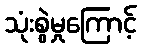
သုံးစွဲမှုကြောင့်